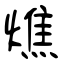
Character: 燋